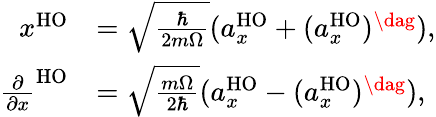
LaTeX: \begin{array}{rl}{x^{\mathrm{HO}}}&{=\sqrt{\frac{\hbar}{2m\Omega}}(a_{x}^{\mathrm{HO}}+(a_{x}^{\mathrm{HO}})^{\dag}),}\\ {\frac{\partial}{\partial x}^{\mathrm{HO}}}&{=\sqrt{\frac{m\Omega}{2\hbar}}(a_{x}^{\mathrm{HO}}-(a_{x}^{\mathrm{HO}})^{\dag}),}\end{array}